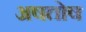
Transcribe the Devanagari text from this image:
अषतोष